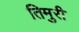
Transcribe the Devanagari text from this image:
तिमुरी